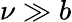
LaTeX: \nu\gg b